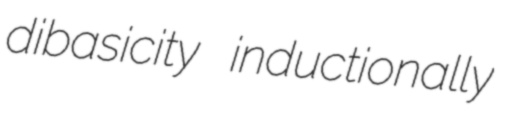
dibasicity inductionally